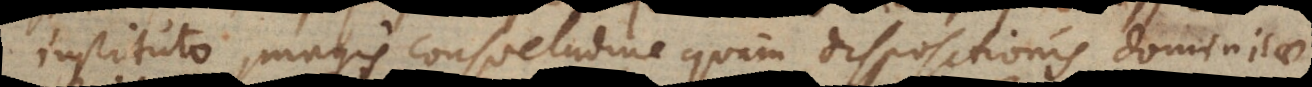
instituto, magis consuetudine quam dispositionis dominicae